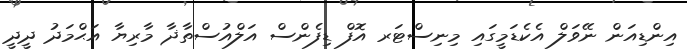
އިންޑިއަން ނޭވަލް އެކެޑަމީގައި މިނިސްޓަރ އޮފް ޑިފެންސް އަލްއުސްތާޛާ މާރިޔާ އަޙްމަދު ދީދީ